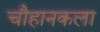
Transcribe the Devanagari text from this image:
चौहानकला